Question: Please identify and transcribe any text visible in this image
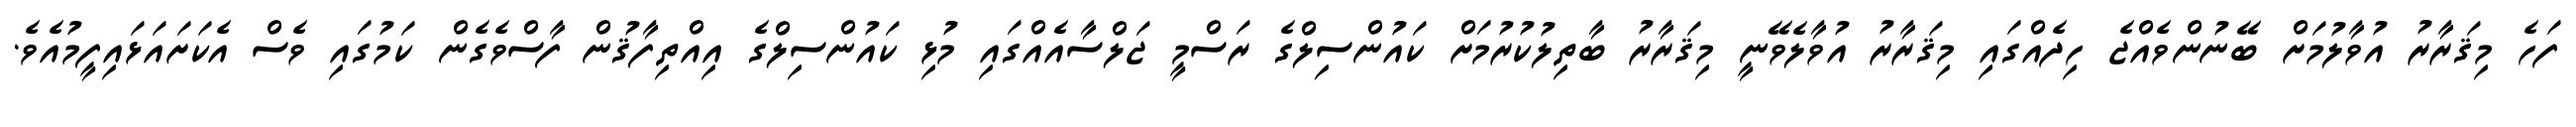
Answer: ފަހެ މިޤަރާރު އުވާލުމަށް ބޭނުންވެއްޖެ ހިދެއްގައި މިޤަރާރު އުވާލެވޭނީ މިޤަރާރު ބާތިލުކުރުމަށް ކައުންސިލްގެ ރަސްމީ ޖަލްސާއެއްގައި މުޅި ކައުންސިލްގެ އިއްތިފާޤުން ފާސްވެގެން ކަމުގައި ވެސް އެކަށައަޅައިފީމުއެވެ.